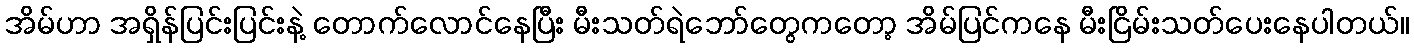
အိမ်ဟာ အရှိန်ပြင်းပြင်းနဲ့ တောက်လောင်နေပြီး မီးသတ်ရဲဘော်တွေကတော့ အိမ်ပြင်ကနေ မီးငြိမ်းသတ်ပေးနေပါတယ်။